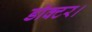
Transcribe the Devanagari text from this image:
डाॅक्टर।